Calcutta medical institutions reports 1892-1900
Year: 1892
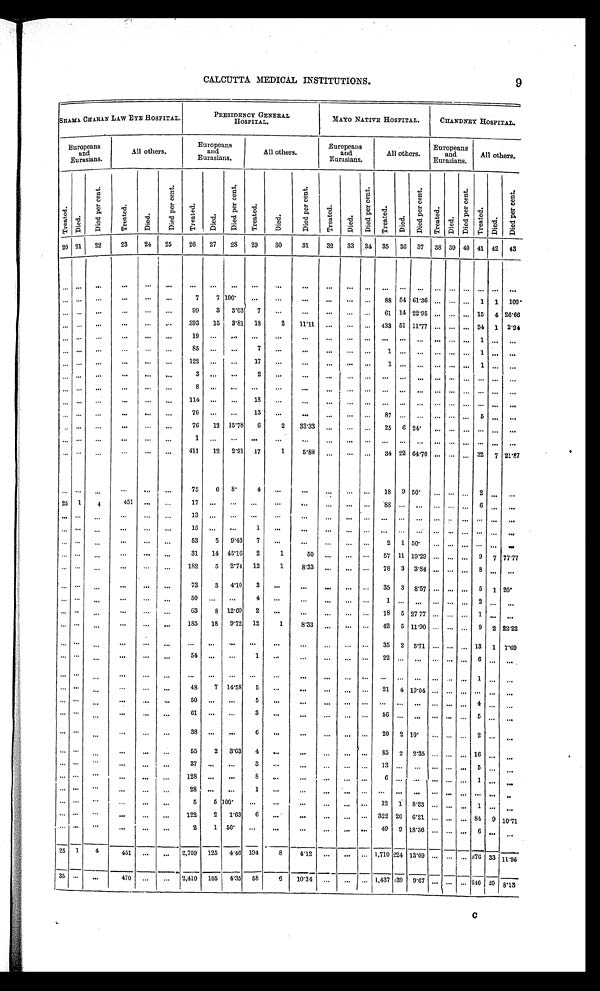
9
CALCUTTA MEDICAL INSTITUTIONS.
SHAMA CHARAN LAW EYE HOSPITAL.
PRESIDENCY GENERAL
HOSPITAL.
MAYO NATIVE HOSPITAL.
CHANDNEY HOSPITAL.
Europeans
and
Eurasians.
All others,
Europeans
and
Eurasians.
All others.
Europeans
and
Eurasians.
All others.
Europeans
and
Eurasians.
All others.
T r e a t e d .
D i e d .
D i e d p e r c e n t .
T r e a t e d .
D i e d .
D i e d p e r c e n t .
T r e a t e d .
D i e d .
D i e d p e r c e n t
T r e a t e d .
D i e d .
D i e d p e r c e n t .
T r e a t e d .
D i e d .
D i e d p e r c e n t .
T r e a t e d .
D i e d .
D i e d p e r c e n t .
T r e a t e d .
D i e d .
D i e d p e r c e n t .
T r e a t e d .
D i e d .
D i e d p e r c e n t .
20 21
22
23
24
25
26
27
28 29
3 0 31
32
33 34 35 36
37 38 39 40 41 42 43
. . .
. . .
. . .
. . .
. . .
. . .
. . .
. . .
. . .
. . .
. . .
. . .
. . .
. . .
. . .
. . .
. . .
. . .
. . .
. . .
. . .
. . .
. . .
. . .
. . . . . .
. . .
. . .
. . .
. . .
7
7 100.
. . .
. . .
. . .
. . .
. . .
. . . 88 54 61.36
. . .
. . .
. . . 1 1 1 0 0 .
. . .
. . .
. . .
. . .
. . .
. . .
99
3
3.03
7
. . .
. . .
. . .
. . .
. . . 61 14 22.95
. . .
. . .
. . . 15 4 26.66
. . .
. . .
. . .
. . .
. . .
. . .
393
15 3.81 18
2
11.11
. . .
. . .
. . . 433 51 11.77
. . .
. . .
. . . 34 1 2.94
. . . . . .
. . .
. . .
. . .
. . .
1 9
. . .
. . .
. . .
. . .
. . .
. . .
. . .
. . .
. . .
. . .
. . .
. . .
. . .
. . .
1
. . .
. . .
. . . . . .
. . .
. . . . . .
. . .
85
. . .
. . .
7
. . .
. . .
. . .
. . .
. . . 1
. . .
. . .
. . .
. . .
. . .
1
. . .
. . .
. . . . . .
. . .
. . .
. . .
. . .
122
. . .
. . .
17
. . .
. . .
. . .
. . .
. . . 1
. . .
. . .
. . .
. . .
. . .
1
. . .
. . .
. . . . . .
. . .
. . .
. . .
. . .
3
. . . . . .
2
. . .
. . .
. . .
. . .
. . .
. . . . . .
. . .
. . .
. . .
. . .
. . . . . .
. . .
. . . . . .
. . .
. . .
. . .
. . .
8
. . .
. . .
. . .
. . .
. . .
. . .
. . .
. . .
. . . . . .
. . .
. . .
. . .
. . . . . .
. . .
. . .
. . .
. . .
. . .
. . .
. . .
. . .
114
. . .
. . .
18
. . .
. . .
. . .
. . .
. . .
. . .
. . .
. . .
. . .
. . .
. . .
. . . . . . . . .
. . . . . .
. . .
. . .
. . .
. . .
7 6
. . .
. . .
13
. . .
. . .
. . . . . .
. . .
8 7
. . .
. . .
. . .
. . .
. . .
5
. . . . . .
. . .
. . .
. . .
. . .
. . .
. . .
76
12 15.78
6
2
33.33
. . .
. . .
. . .
2 5
6
2 4 .
. . .
. . .
. . .
. . . . . . . . .
. . .
. . .
. . .
. . .
. . .
. . .
1
. . . . . .
. . .
. . .
. . .
. . .
. . .
. . .
. . .
. . .
. . .
. . . . . . . . .
. . . . . .
. . .
. . . . . .
. . .
. . .
. . .
. . .
411
12 2.91 17
1
5.88
. . .
. . .
. . . 34 22 64.70
. . . . . . . . . 32 7 21.87
. . .
. . .
. . .
. . .
. . .
. . .
75
6
8.
4
. . .
. . .
. . .
. . .
. . .
1 8
9
5 0 . . . .
. . .
. . .
2
. . . . . .
25 1
4
451
. . .
. . .
17
. . .
. . .
. . .
. . .
. . .
. . .
. . .
. . . 88
. . .
. . .
. . . . . . . . . 6
. . .
. . .
. . . . . .
. . .
. . .
. . .
. . .
1 3
. . .
. . .
. . .
. . .
. . .
. . .
. . .
. . .
. . .
. . .
. . .
. . .
. . .
. . .
. . . . . . . . .
. . .
. . .
. . .
. . .
. . .
. . .
15
. . .
. . .
1
. . .
. . .
. . .
. . .
. . .
. . .
. . .
. . .
. . .
. . .
. . .
. . . . . . . . .
. . .
. . .
. . .
. . . . . .
. . .
53
5 9.43
7
. . .
. . .
. . .
. . .
. . .
2 1 5 0
. . . . . . . . .
. . . . . . . . .
. . . . . .
. . .
. . . . . .
. . .
31
14 45.16
2
1
50
. . .
. . .
. . .
57 11 19.29
. . .
. . .
. . . 9 7 77.77
. . . . . .
. . .
. . .
. . .
. . .
182
5 2.74 12
1
8.33
. . .
. . .
. . .
7 8
3
3 . 8 4 . . .
. . .
. . .
8
. . .
. . .
. . . . . .
. . .
. . . . . .
. . .
73
3 4.10
3
. . .
. . .
. . .
. . . . . . 35 3 8.57
. . .
. . .
. . . 5 1 20.
. . .
. . .
. . .
. . . . . .
. . .
5 0
. . .
. . . 4
. . .
. . .
. . .
. . . . . .
1
. . .
. . .
. . .
. . .
. . . 2
. . .
. . .
. . .
. . .
. . .
. . . . . .
. . .
63
8 12.69
2
. . .
. . .
. . .
. . .
. . .
18 5 27 77
. . . . . .
. . . 1
. . .
. . .
. . . . . .
. . .
. . . . . .
. . .
185
18 9.72 12
1
8.33
. . .
. . .
. . .
42 5 11.90
. . .
. . .
. . .
9 2 22.22
. . . . . .
. . .
. . . . . .
. . .
. . .
. . .
. . .
. . .
. . .
. . .
. . .
. . .
. . .
35 2 5.71
. . . . . .
. . . 13 1 7.69
. . . . . .
. . .
. . . . . .
. . .
5 4
. . .
. . .
1
. . .
. . .
. . .
. . .
. . .
2 2
. . .
. . .
. . .
. . .
. . .
6
. . .
. . .
. . .
. . .
. . .
. . .
. . .
. . .
. . .
. . .
. . .
. . .
. . .
. . .
. . .
. . .
. . .
. . .
. . .
. . .
. . .
. . .
. . .
1
. . .
. . .
. . . . . .
. . .
. . .
. . .
. . .
48
7 14.58
5
. . .
. . .
. . .
. . .
. . . 21 4 19.04 . . .
. . .
. . .
. . .
. . .
. . .
. . . . . .
. . .
. . .
. . .
. . .
5 0
. . . . . .
5
. . .
. . .
. . .
. . .
. . .
. . .
. . .
. . . . . .
. . .
. . .
4
. . .
. . .
. . .
. . .
. . .
. . .
. . .
. . .
6 1
. . . . . .
3
. . .
. . .
. . .
. . .
. . .
5 6
. . .
. . . . . .
. . .
. . .
5
. . .
. . .
. . . . . .
. . .
. . .
. . .
. . .
38
. . .
. . .
6
. . .
. . .
. . .
. . .
. . . 20 2 10.
. . .
. . .
. . . 2
. . .
. . .
. . . . . .
. . .
. . .
. . .
. . .
55
2 3.63
4
. . .
. . .
. . .
. . .
. . . 85 2 2.35
. . .
. . .
. . . 16
. . .
. . .
. . .
. . .
. . .
. . .
. . .
. . .
3 7
. . . . . .
3
. . .
. . .
. . .
. . .
. . .
1 3
. . .
. . .
. . .
. . .
. . .
5
. . .
. . .
. . .
. . .
. . .
. . .
. . .
. . .
128
. . .
. . .
8
. . .
. . .
. . .
. . .
. . .
6
. . .
. . .
. . .
. . . . . .
1
. . .
. . .
. . . . . .
. . .
. . .
. . .
. . .
28
. . .
. . .
1
. . .
. . .
. . .
. . .
. . .
. . .
. . .
. . .
. . .
. . .
. . .
. . .
. . .
. . .
. . .
. . .
. . . . . .
. . .
. . .
5
5 100.
. . .
. . .
. . .
. . .
. . .
. . .
12 1 8.33
. . .
. . .
. . . 1
. . .
. . .
. . . . . .
. . .
. . . . . .
. . .
122
2 1.63
6
. . .
. . .
. . .
. . .
. . . 322 20 6.21 . . .
. . .
. . . 84 9 10.71
. . .
. . .
. . .
. . . . . .
. . .
2
1 50.
. . .
. . .
. . .
. . .
. . .
. . .
49 9
1 8 . 3 6
. . .
. . .
. . .
6 . . .
. . .
25 1
4
451
. . .
. . . 2,799 125 4.46 194
8
4.12
. . .
. . .
. . .
1 , 7 1 0 224 13.09
. . .
. . .
. . . 276 33 11.95
35
. . .
. . .
470
. . .
. . .
2,410 105
4.35 58
6
10.34
. . .
. . .
. . . 1,437
1 3 9 9.67
. . .
. . .
. . . 246
20 8.13